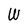
Character: W